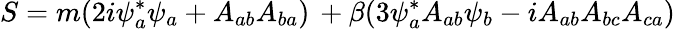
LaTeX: S=m(2i\psi_{a}^{*}\psi_{a}+A_{ab}A_{ba})\, +\beta(3\psi_{a}^{*}A_{ab}\psi_{b}-iA_{ab}A_{bc}A_{ca})